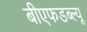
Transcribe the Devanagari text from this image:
बीएफडब्ल्यू